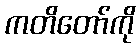
ကတိတော်ကို